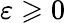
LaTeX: \varepsilon\geqslant 0